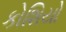
કોશિયો